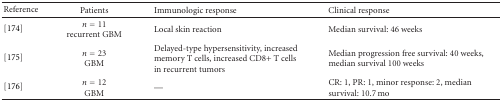
<table><thead><tr><td><b>Reference</b></td><td><b>Patients</b></td><td><b>Immunologic response</b></td><td><b>Clinical response</b></td></tr></thead><tbody><tr><td>[174]</td><td><i>n</i> = 11recurrent GBM</td><td>Local skin reaction</td><td>Median survival: 46 weeks</td></tr><tr><td>[175]</td><td><i>n</i> = 23GBM</td><td>Delayed-type hypersensitivity, increased memory T cells, increased CD8+ T cells in recurrent tumors</td><td>Median progression free survival: 40 weeks, median survival 100 weeks</td></tr><tr><td>[176]</td><td><i>n</i> = 12GBM</td><td>—</td><td>CR: 1, PR: 1, minor response: 2, median survival: 10.7 mo</td></tr></tbody></table>